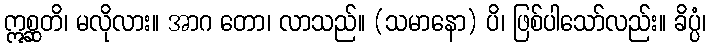
ဣစ္ဆတိ၊ မလိုလား။ အာဂ တော၊ လာသည်။ (သမာနော) ပိ၊ ဖြစ်ပါသော်လည်း။ ခိပ္ပံ၊